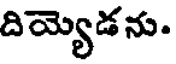
దియ్యెడను.